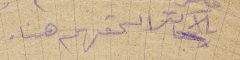
بالاكتر الحفهم هنا